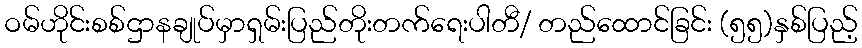
ဝမ်ဟိုင်းစစ်ဌာနချုပ်မှာရှမ်းပြည်တိုးတက်ရေးပါတီ/ တည်ထောင်ခြင်း (၅၅)နှစ်ပြည့်